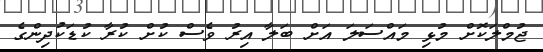
ޖުމްލަކޮށް މުޅި މައްސަލަ އަށް ބަލާ އިރު ވެސް ކުށް ކުރާ ކުޑަކުދިންގެ